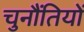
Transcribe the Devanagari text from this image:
चुनौंतियों